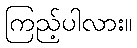
ကြည့်ပါလား။